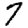
Digit: 7